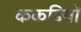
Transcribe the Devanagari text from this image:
ककड़ियों